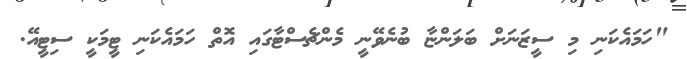
"ހަމައެކަނި މި ސީޒަނަށް ބަލަންޏާ ބުނެވޭނީ މެންޗެސްޓާގައި އޮތް ހަމައެކަނި ޓީމަކީ ސިޓީއޭ.